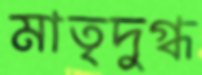
মাতৃদুগ্ধ